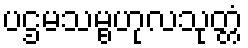
ပဌမသမ္ဗဟုလသုတ္တံ